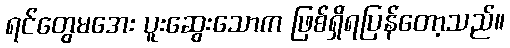
ရင်တွေမအေး ပူးဆွေးသောက ဖြစ်ရှိရပြန်တော့သည်။